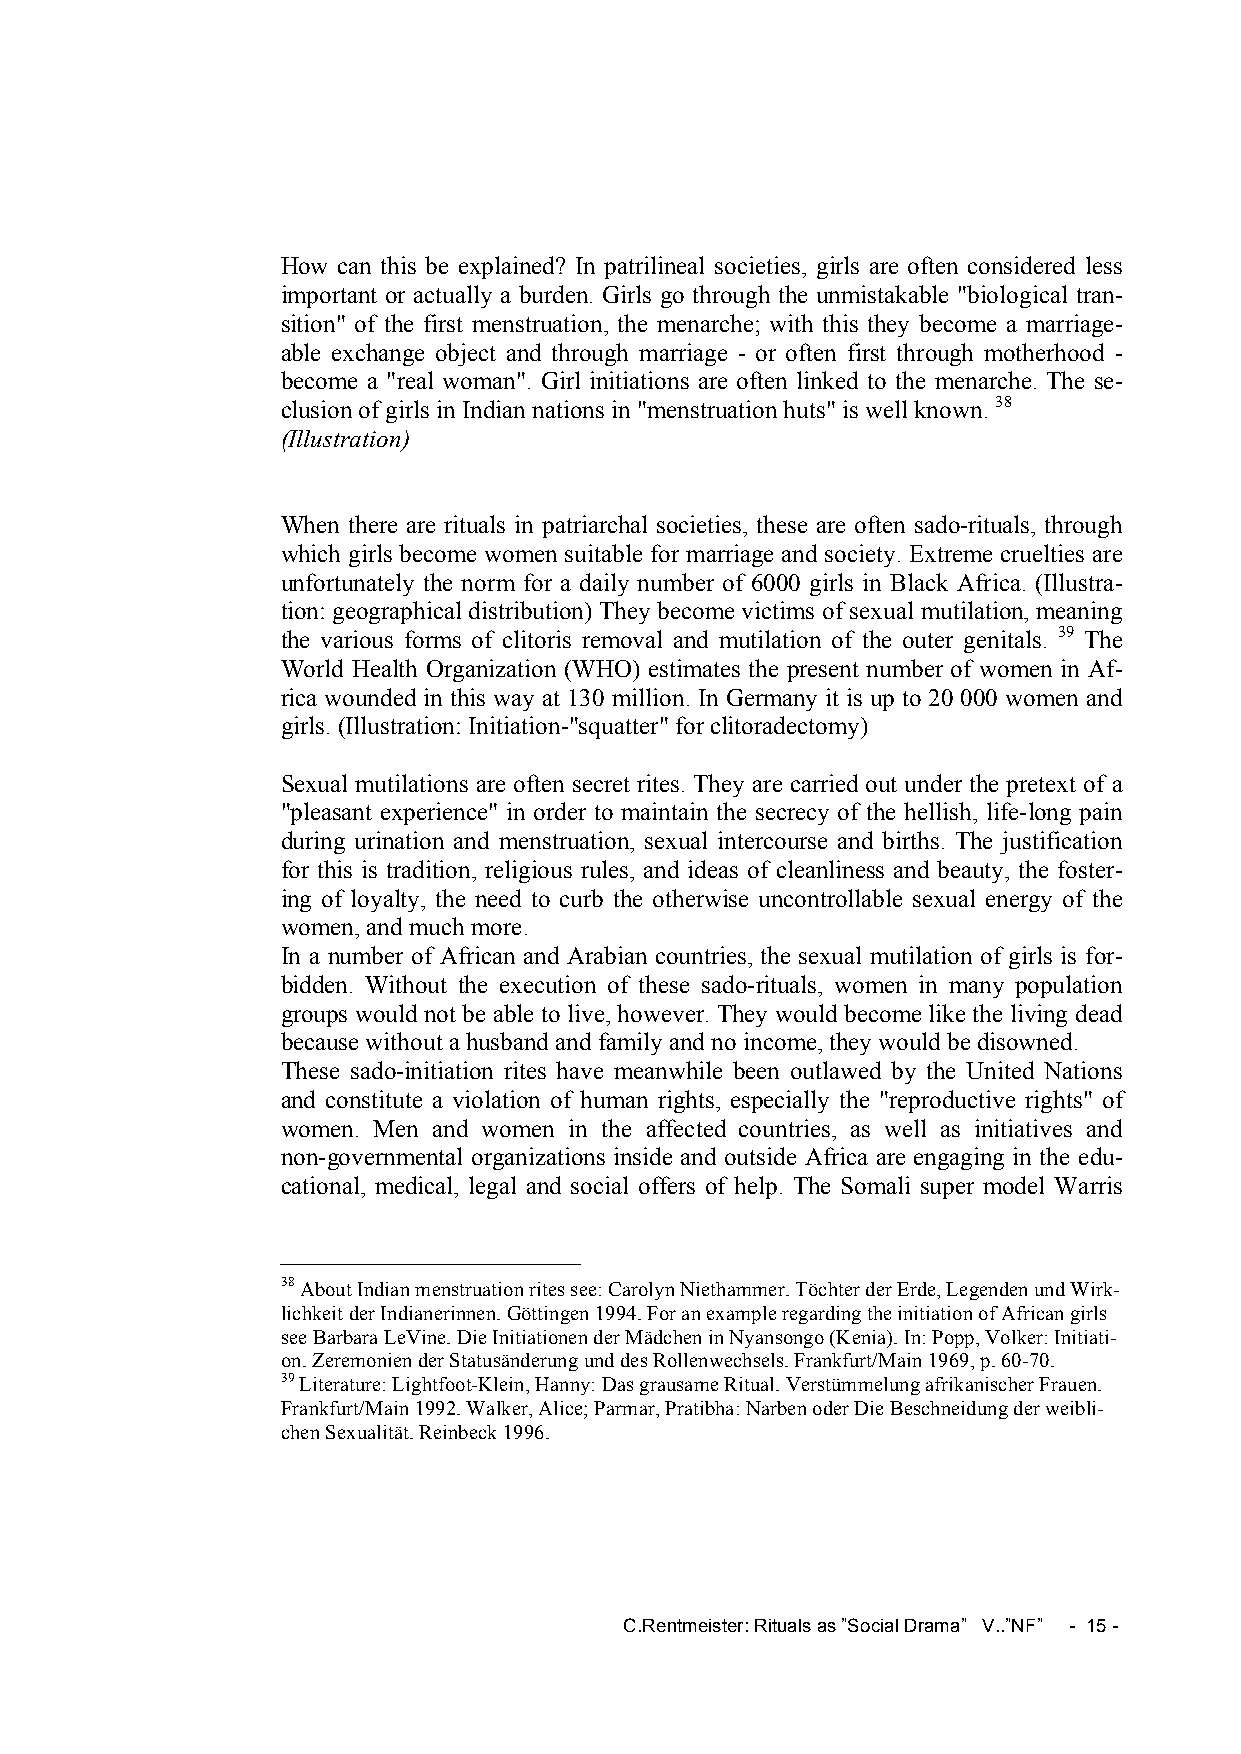
How can this be explained? In patrilineal societies, girls are often considered less
 important or actually a burden. Girls go through the unmistakable "biological tran-
 sition" of the first menstruation, the menarche; with this they become a marriage-
 able exchange object and through marriage - or often first through motherhood -
 become a "real woman". Girl initiations are often linked to the menarche. The se-
 clusion of girls in Indian nations in "menstruation huts" is well known. 38
 (Illustration)
 When there are rituals in patriarchal societies, these are often sado-rituals, through
 which girls become women suitable for marriage and society. Extreme cruelties are
 unfortunately the norm for a daily number of 6000 girls in Black Africa. (Illustra-
 tion: geographical distribution) They become victims of sexual mutilation, meaning
 the various forms of clitoris removal and mutilation of the outer genitals. 39 The
 World Health Organization (WHO) estimates the present number of women in Af-
 rica wounded in this way at 130 million. In Germany it is up to 20 000 women and
 girls. (Illustration: Initiation-"squatter" for clitoradectomy)
 Sexual mutilations are often secret rites. They are carried out under the pretext of a
 "pleasant experience" in order to maintain the secrecy of the hellish, life-long pain
 during urination and menstruation, sexual intercourse and births. The justification
 for this is tradition, religious rules, and ideas of cleanliness and beauty, the foster-
 ing of loyalty, the need to curb the otherwise uncontrollable sexual energy of the
 women, and much more.
 In a number of African and Arabian countries, the sexual mutilation of girls is for-
 bidden. Without the execution of these sado-rituals, women in many population
 groups would not be able to live, however. They would become like the living dead
 because without a husband and family and no income, they would be disowned.
 These sado-initiation rites have meanwhile been outlawed by the United Nations
 and constitute a violation of human rights, especially the "reproductive rights" of
 women. Men and women in the affected countries, as well as initiatives and
 non-governmental organizations inside and outside Africa are engaging in the edu-
 cational, medical, legal and social offers of help. The Somali super model Warris
 38 About Indian menstruation rites see: Carolyn Niethammer. Töchter der Erde, Legenden und Wirk-
 lichkeit der Indianerinnen. Göttingen 1994. For an example regarding the initiation of African girls
 see Barbara LeVine. Die Initiationen der Mädchen in Nyansongo (Kenia). In: Popp, Volker: Initiati-
 on. Zeremonien der Statusänderung und des Rollenwechsels. Frankfurt/Main 1969, p. 60-70.
 39 Literature: Lightfoot-Klein, Hanny: Das grausame Ritual. Verstümmelung afrikanischer Frauen.
 Frankfurt/Main 1992. Walker, Alice; Parmar, Pratibha: Narben oder Die Beschneidung der weibli-
 chen Sexualität. Reinbeck 1996.
 C.Rentmeister: Rituals as ”Social Drama” V..”NF” - 15 -